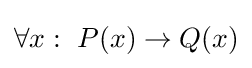
\forall x:~P(x)\to Q(x)